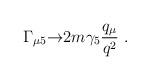
LaTeX: \begin{align*}\Gamma_{\mu 5}{\rightarrow} 2m\gamma_5 {q_\mu\over q^2}\ .\end{align*}